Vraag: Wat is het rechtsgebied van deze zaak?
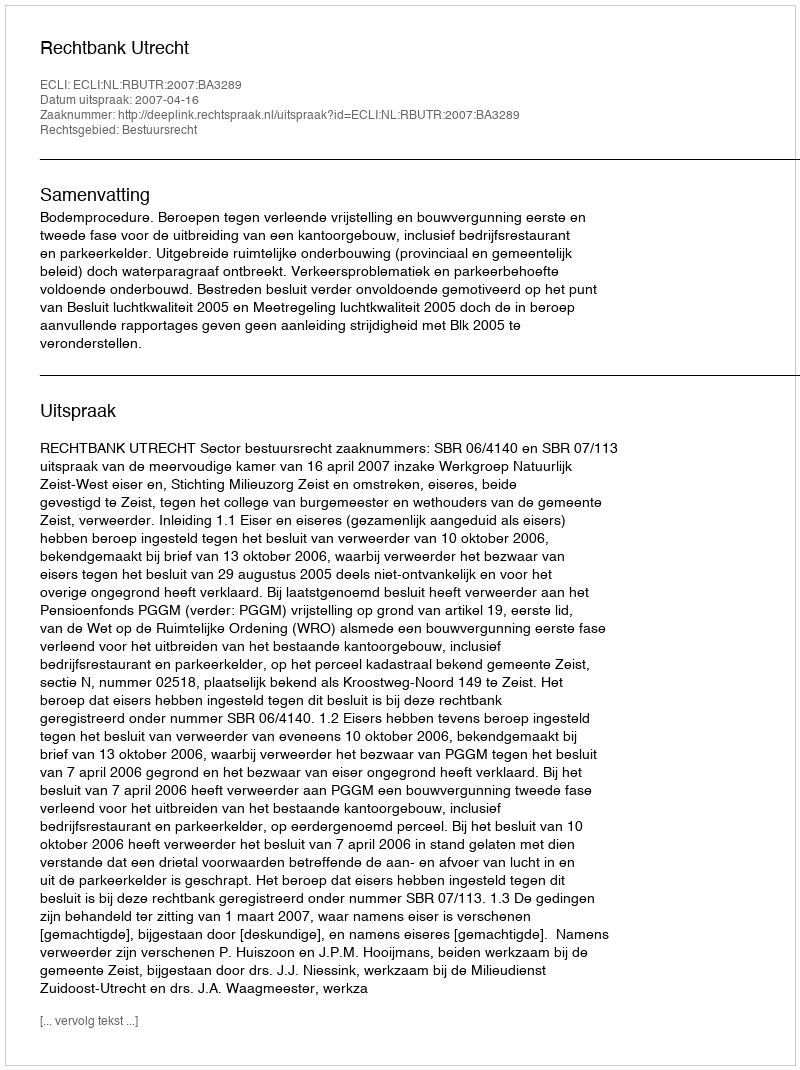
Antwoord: Bestuursrecht